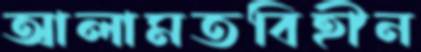
আলামতবিহীন